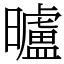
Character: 曥